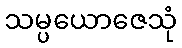
သမ္ပယောဇေသုံ